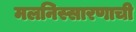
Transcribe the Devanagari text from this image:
मलनिस्सारणाची